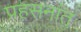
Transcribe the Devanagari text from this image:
प्रहसनांत